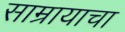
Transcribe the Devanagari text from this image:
साम्रायाचा